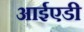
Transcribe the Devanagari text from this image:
आईएडी